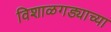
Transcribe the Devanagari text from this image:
विशाळगड्याच्या